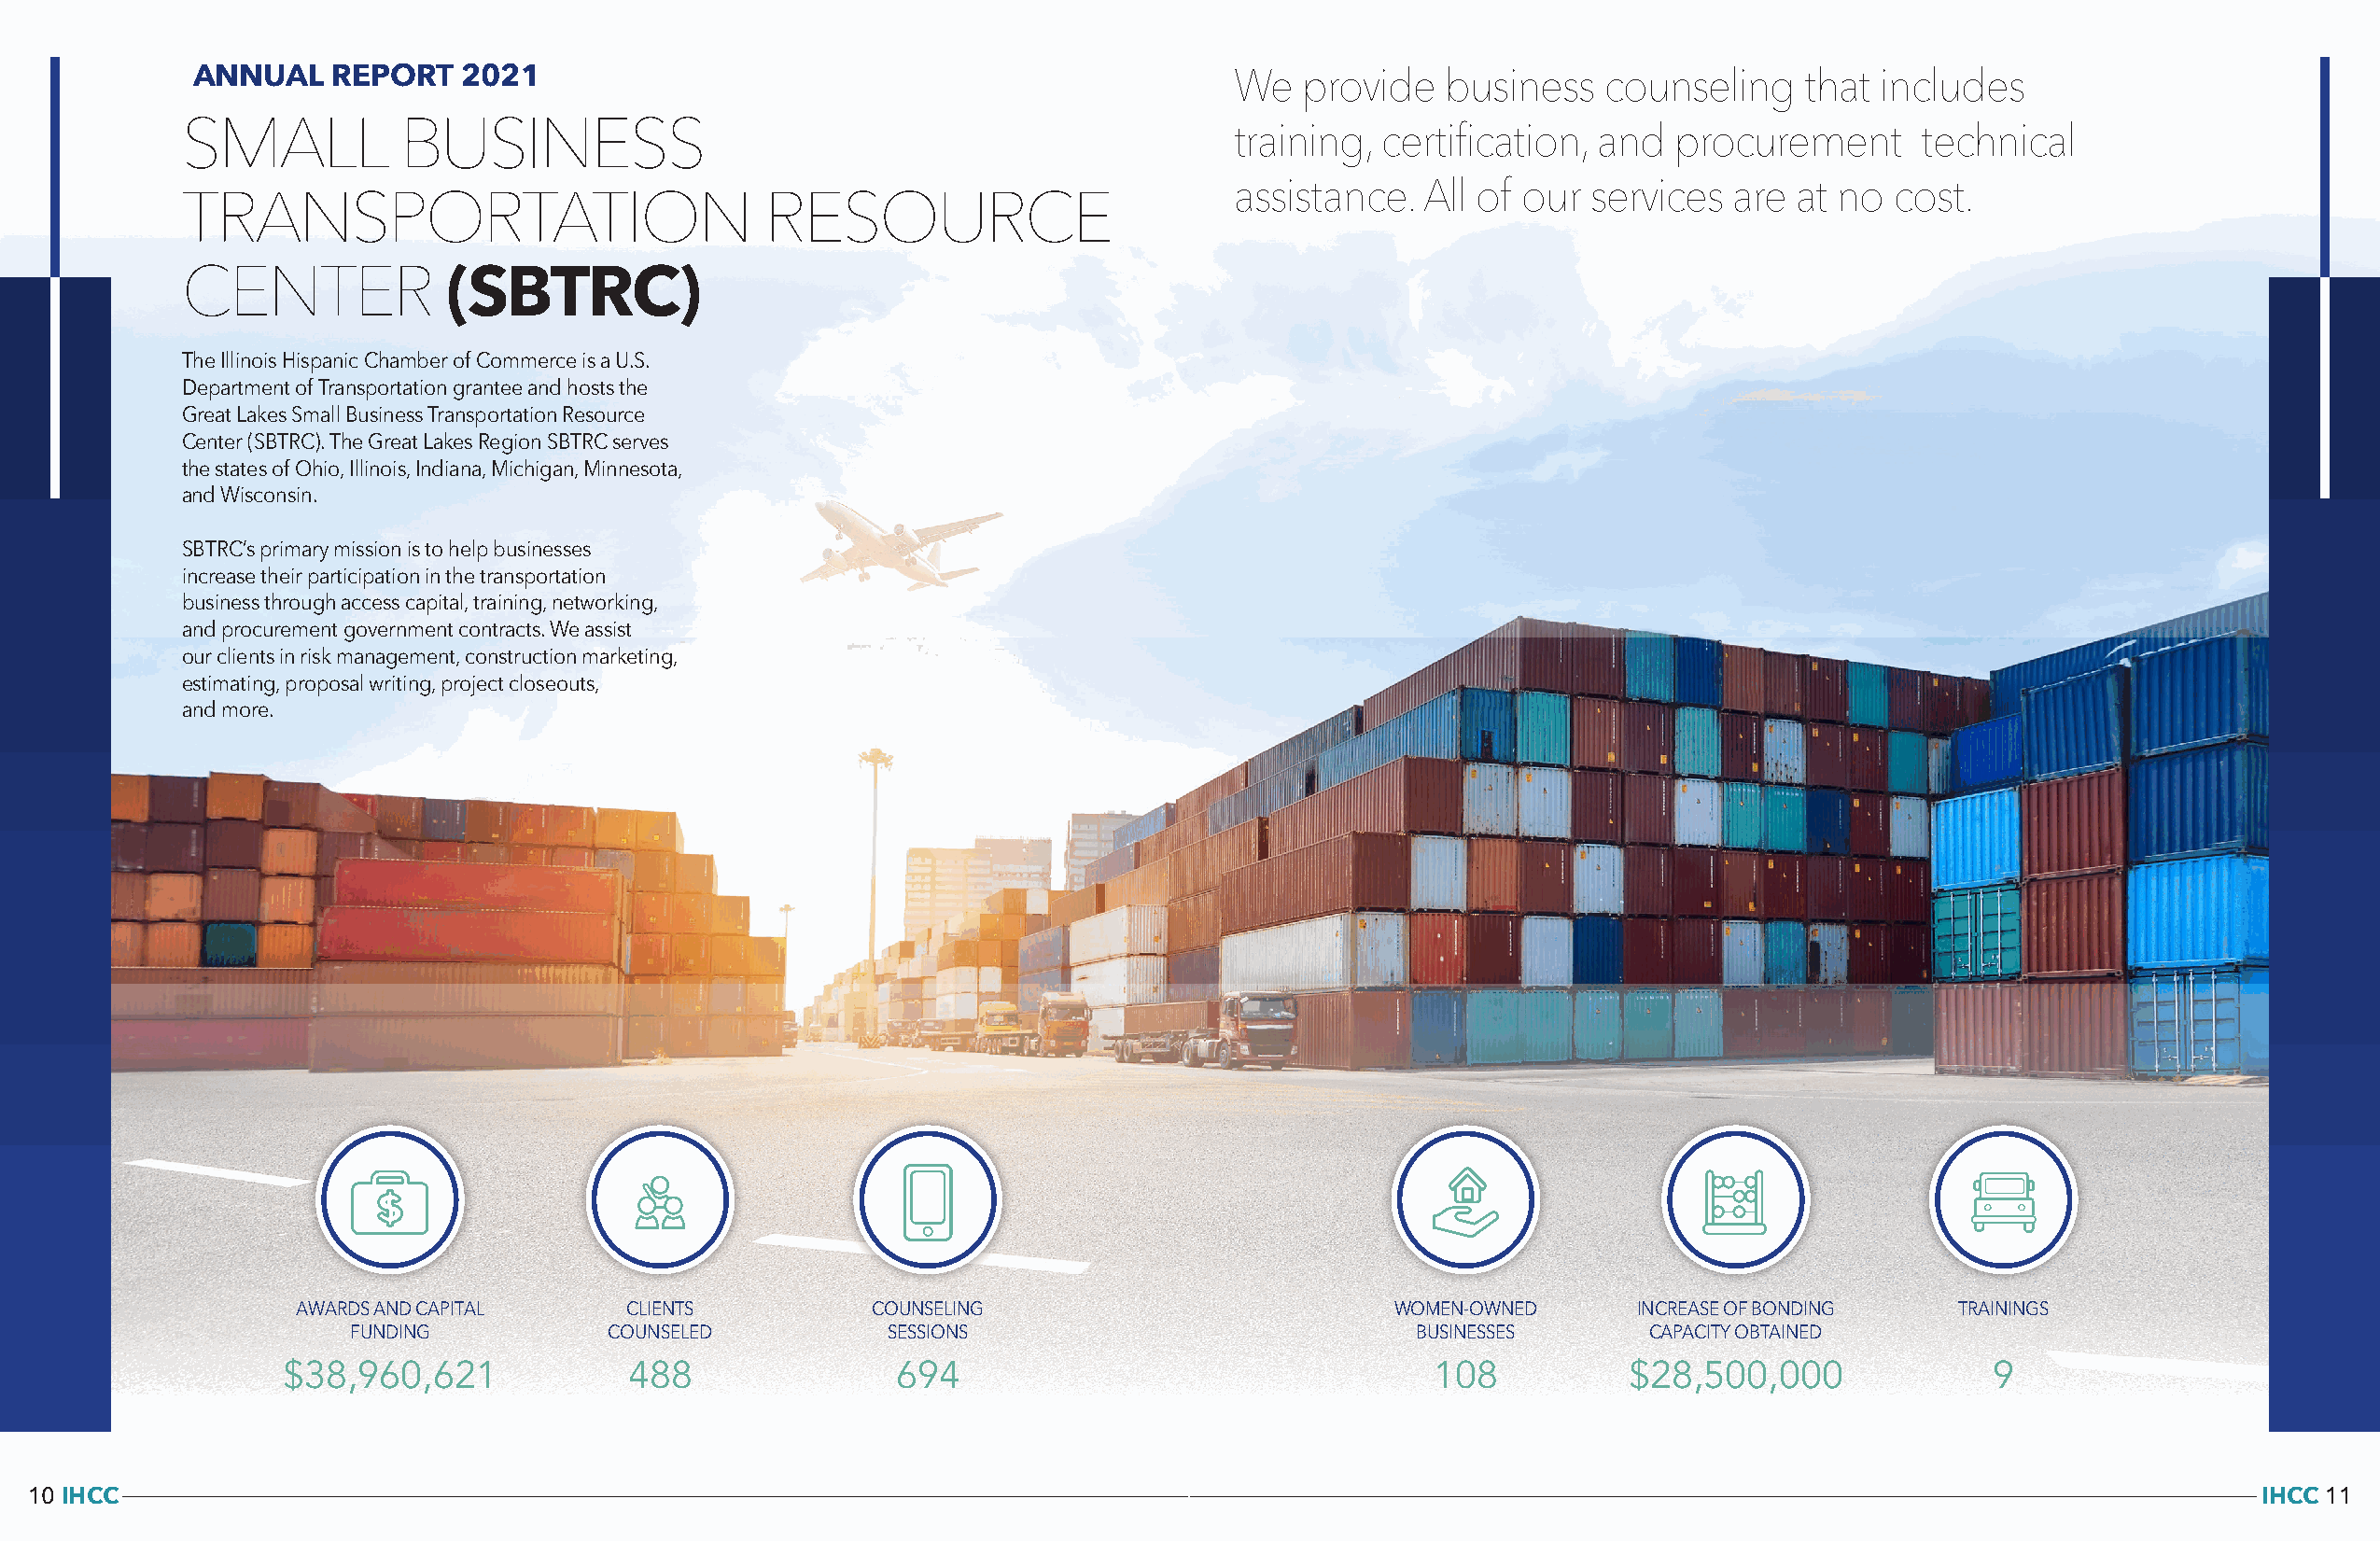
ANNUAL    REPORT   2021                                                   We  provide    business   counseling    that includes
 SMALL          BUSINESS                                                    training, certification, and   procurement      technical
 assistance.  All of our  services  are at no  cost.
 TRANSPORTATION                           RESOURCE
 CENTER
 (SBTRC)
 The Illinois Hispanic Chamber of Commerce is a U.S.
 Department of Transportation grantee and hosts the
 Great Lakes Small Business Transportation Resource
 Center (SBTRC). The Great Lakes Region SBTRC serves
 the states of Ohio, Illinois, Indiana, Michigan, Minnesota,
 and Wisconsin.
 SBTRC’s primary mission is to help businesses
 increase their participation in the transportation
 business through access capital, training, networking,
 and procurement government contracts. We assist
 our clients in risk management, construction marketing,
 estimating, proposal writing, project closeouts,
 and more.
 AWARDS AND CAPITAL     CLIENTS           COUNSELING                           WOMEN-OWNED      INCREASE OF BONDING    TRAININGS
 FUNDING           COUNSELED           SESSIONS                             BUSINESSES       CAPACITY OBTAINED
 $38,960,621              488                694                                   108           $28,500,000              9
 10 IHCC                                                                                                                                                       IHCC 11